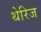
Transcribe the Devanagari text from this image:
थेरिज